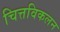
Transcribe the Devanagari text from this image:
चित्तविकलन